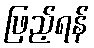
ဖြည့်ရန်